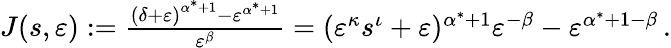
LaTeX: \begin{array}{r}{J(s,{\varepsilon}):=\frac{\left({\delta}+{\varepsilon}\right)^{\alpha^{*}+1}-{\varepsilon}^{\alpha^{*}+1}}{{\varepsilon}^{\beta}}=({\varepsilon}^{\kappa}s^{\iota}+{\varepsilon})^{\alpha^{*}+1}{\varepsilon}^{-\beta}-{\varepsilon}^{\alpha^{*}+1-\beta}\, .}\end{array}